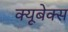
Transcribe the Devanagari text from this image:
क्यूबेक्स